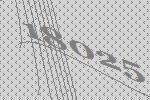
18025